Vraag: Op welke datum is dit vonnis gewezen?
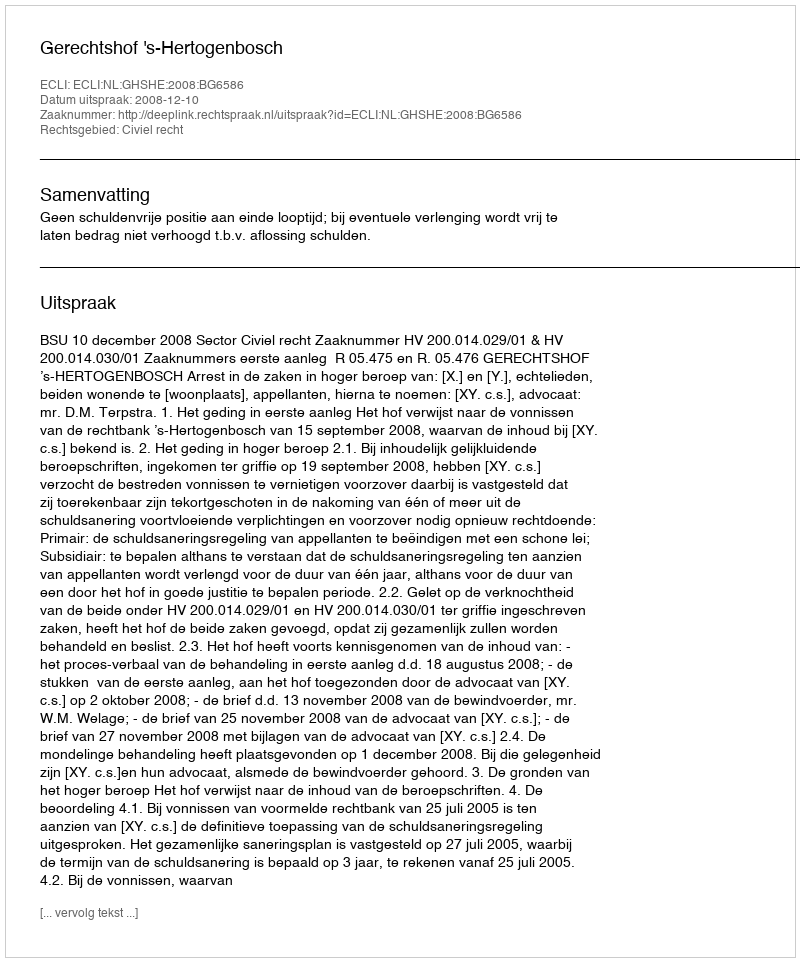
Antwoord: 2008-12-10